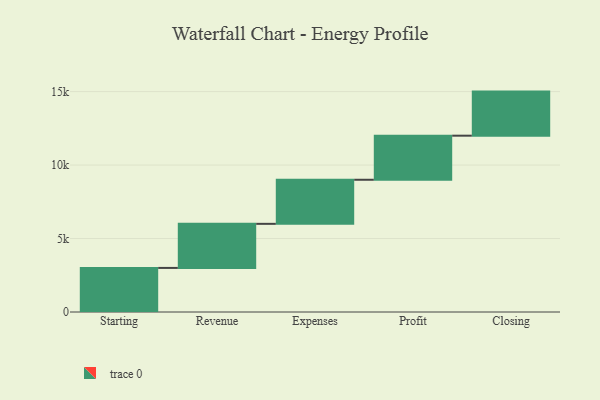
{"axis": {"x": "Step", "y": "Value"}, "legend": [""], "data": [{"x": "Starting", "y": 3000, "type": ""}, {"x": "Revenue", "y": 3000, "type": ""}, {"x": "Expenses", "y": 3000, "type": ""}, {"x": "Profit", "y": 3000, "type": ""}, {"x": "Closing", "y": 3000, "type": ""}]}